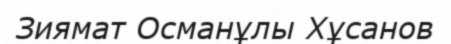
Зиямат Османұлы Хұсанов